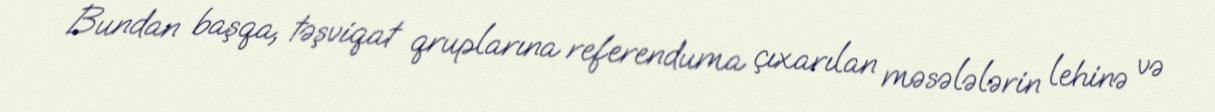
Bundan başqa, təşviqat qruplarına referenduma çıxarılan məsələlərin lehinə və